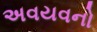
અવયવનો